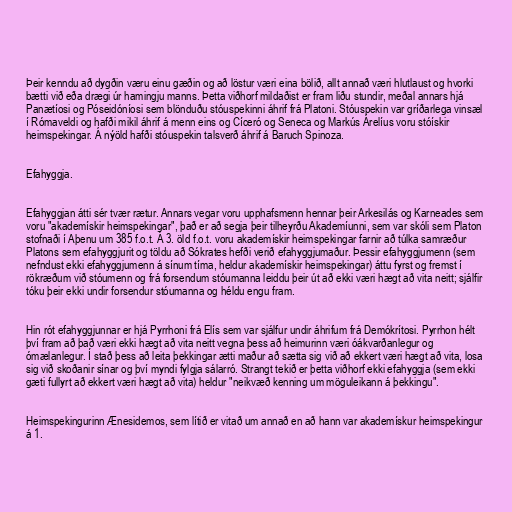
Þeir kenndu að dygðin væru einu gæðin og að löstur væri eina bölið, allt annað væri hlutlaust og hvorki
bætti við eða drægi úr hamingju manns. Þetta viðhorf mildaðist er fram liðu stundir, meðal annars hjá
Panætíosi og Póseidóníosi sem blönduðu stóuspekinni áhrif frá Platoni. Stóuspekin var gríðarlega vinsæl
í Rómaveldi og hafði mikil áhrif á menn eins og Cíceró og Seneca og Markús Árelíus voru stóískir
heimspekingar. Á nýöld hafði stóuspekin talsverð áhrif á Baruch Spinoza.

Efahyggja.

Efahyggjan átti sér tvær rætur. Annars vegar voru upphafsmenn hennar þeir Arkesilás og Karneades sem
voru "akademískir heimspekingar", það er að segja þeir tilheyrðu Akademíunni, sem var skóli sem Platon
stofnaði í Aþenu um 385 f.o.t. Á 3. öld f.o.t. voru akademískir heimspekingar farnir að túlka samræður
Platons sem efahyggjurit og töldu að Sókrates hefði verið efahyggjumaður. Þessir efahyggjumenn (sem
nefndust ekki efahyggjumenn á sínum tíma, heldur akademískir heimspekingar) áttu fyrst og fremst í
rökræðum við stóumenn og frá forsendum stóumanna leiddu þeir út að ekki væri hægt að vita neitt; sjálfir
tóku þeir ekki undir forsendur stóumanna og héldu engu fram.

Hin rót efahyggjunnar er hjá Pyrrhoni frá Elís sem var sjálfur undir áhrifum frá Demókrítosi. Pyrrhon hélt
því fram að það væri ekki hægt að vita neitt vegna þess að heimurinn væri óákvarðanlegur og
ómælanlegur. Í stað þess að leita þekkingar ætti maður að sætta sig við að ekkert væri hægt að vita, losa
sig við skoðanir sínar og því myndi fylgja sálarró. Strangt tekið er þetta viðhorf ekki efahyggja (sem ekki
gæti fullyrt að ekkert væri hægt að vita) heldur "neikvæð kenning um möguleikann á þekkingu".

Heimspekingurinn Ænesidemos, sem lítið er vitað um annað en að hann var akademískur heimspekingur
á 1.